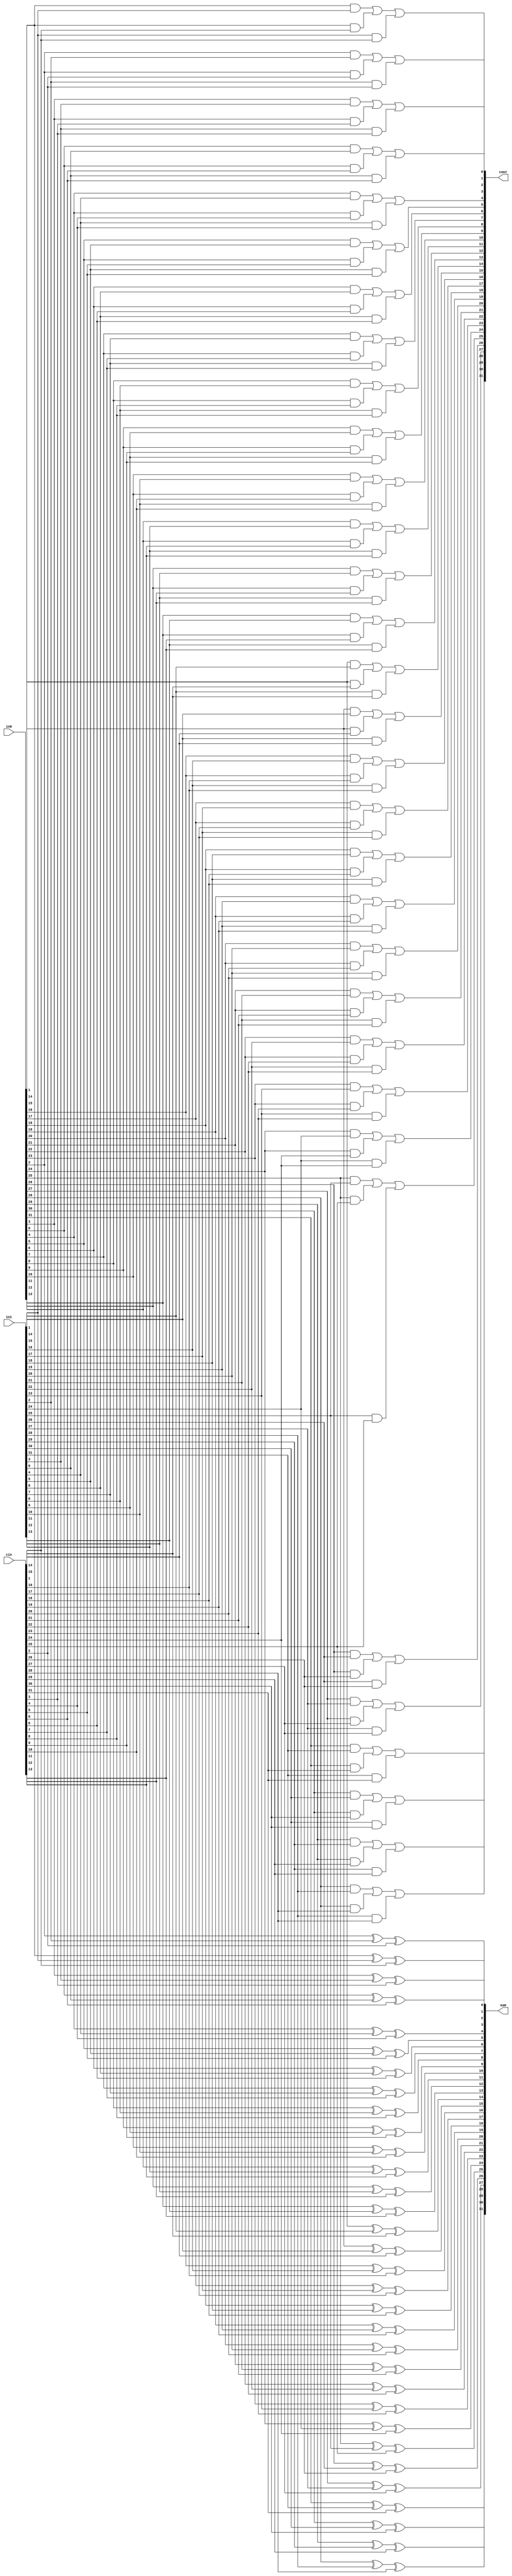
//-------------------------------------------------
// [GIT2PVC INFO] 
// * BRANCH : vpu-next
// * SHA1 ID: 5499113acb4337f25811c177535e68a9fc523d7d
//-------------------------------------------------

module kv_csa3_2 (
    // VPERL: &PORTLIST
    // VPERL_GENERATED_BEGIN
    	  in0,      
    	  in1,      
    	  cin,      
    	  sum,      
    	  cout      
    // VPERL_GENERATED_END
);

parameter   CSA_WIDTH = 32;

integer     i;

input   [CSA_WIDTH-1:0] in0;
input   [CSA_WIDTH-1:0] in1;
input   [CSA_WIDTH-1:0] cin;

output  [CSA_WIDTH-1:0] sum;
output  [CSA_WIDTH-1:0] cout;

reg     [CSA_WIDTH-1:0] sum;
reg     [CSA_WIDTH-1:0] cout;

always @(in0 or in1 or cin) begin
    for (i = 0; i < CSA_WIDTH; i= i+1) begin
	cout[i] = (in0[i] & in1[i]) | (in0[i] & cin[i]) | (in1[i] & cin[i]);//carry
	sum[i]  = (in0[i]^in1[i]^cin[i]); //sum	
    end
end

endmodule